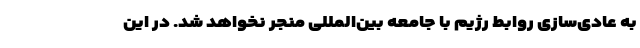
به عادی‌سازی روابط رژیم با جامعه بین‌المللی منجر نخواهد شد. در این